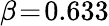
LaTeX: \beta\! =\! 0.633